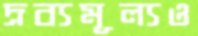
দ্রব্যমূল্যও